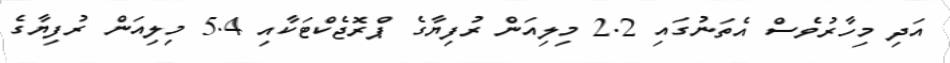
އަދި މިހާރުވެސް އެތަނުގައި 2.2 މިލިއަން ރުފިޔާގެ ޕްރޮޖެކްޓަކާއި 5.4 މިލިއަން ރުފިޔާގެ